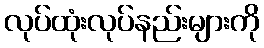
လုပ်ထုံးလုပ်နည်းများကို